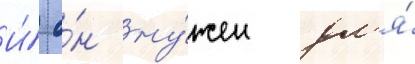
И́ о́н ну́жен дл'я́